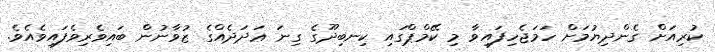
ކުރިއަށް ގެންދިޔުމަށް ހަމަޖެހިފައިވާ މި ކޭމްޕްގައި ކިނބިދޫގެ ގިނަ ޢަދަދެއްގެ ޒުވާނުން ބައިވެރިވެފައިވެއެވެ.